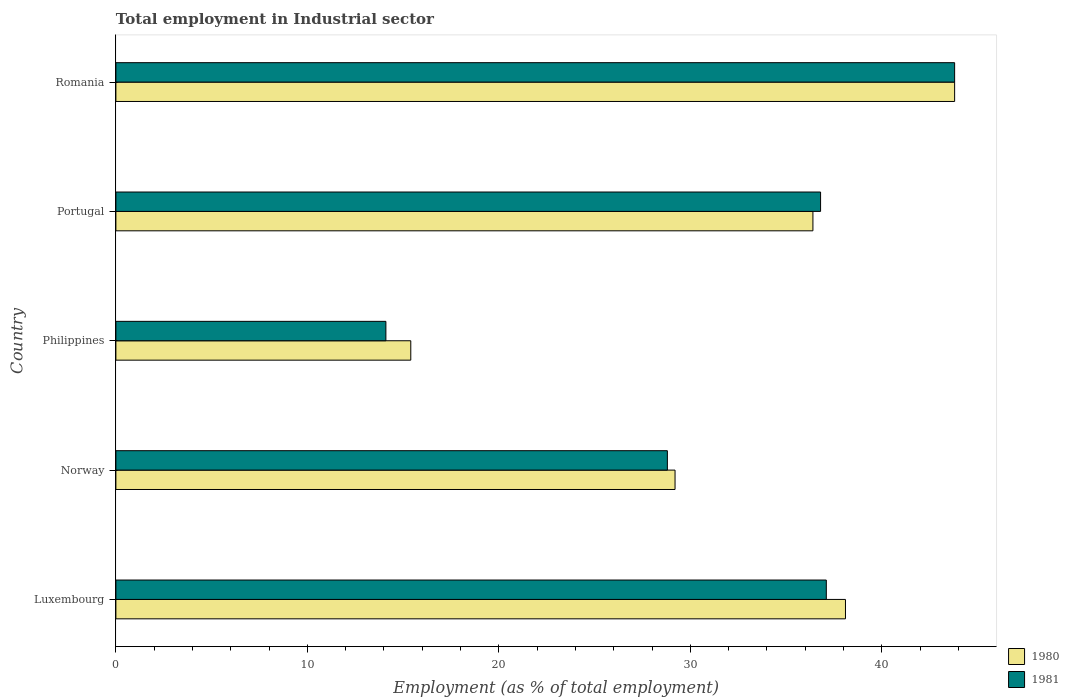
| Country | 1980 | 1981 |
 | --- | --- | --- |
 | Luxembourg | 38.1 | 37.1 |
 | Norway | 29.2 | 28.8 |
 | Philippines | 15.4 | 14.1 |
 | Portugal | 36.4 | 36.8 |
 | Romania | 43.8 | 43.8 |